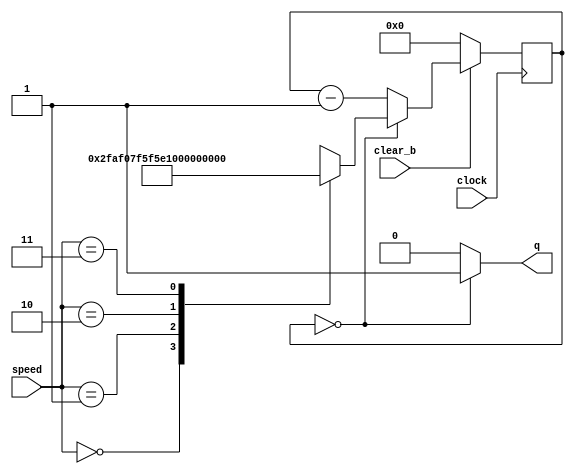
module RateDivider(clock, speed, clear_b, q);
    input [1:0] speed;
    input clock, clear_b;
    output q;

    reg [27:0] rateDivider;

    assign q = (rateDivider == 28'b0000000000000000000000000000) ? 1 : 0;

    always @(posedge clock)
    begin 
        if(clear_b == 1'b0)
            rateDivider <= 0;
        else if (rateDivider == 0)
            case(speed[1:0])
                2'b00: rateDivider <= 28'b0000000000000000000000000000; //Full (50MHz)
                2'b01: rateDivider <= 28'b0010111110101111000001111111; //1 Hz
                2'b10: rateDivider <= 28'b0101111101011110000011111111; //0.5 Hz
                2'b11: rateDivider <= 28'b1011111010111100000111111111; //0.25 Hz
            endcase
        else
            rateDivider <= rateDivider - 1'b1;

    end
endmodule